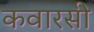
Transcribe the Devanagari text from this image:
कवारसी